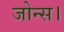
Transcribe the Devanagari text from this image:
जोन्स।